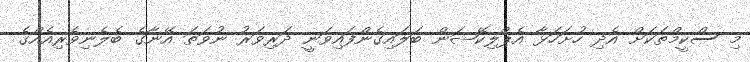
މި ސްކީމްތަކަށް އެދި ހުށަހަޅާ އެޕްލިކޭޝަން ބަލައިގެންފައިވަނީ ދަރިވަރު ނުވަތަ އޭނާގެ ބެލެނިވެރިއެއްގެ